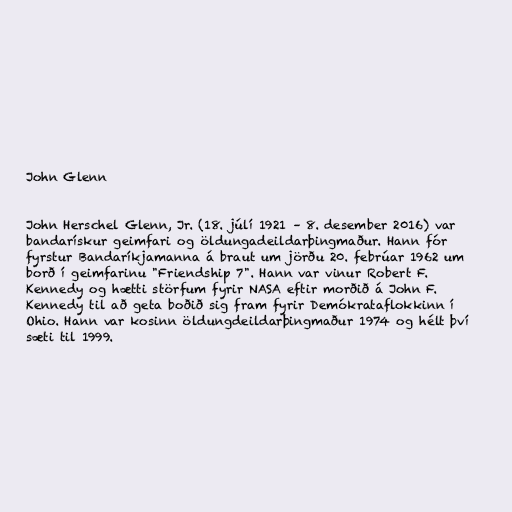
John Glenn

John Herschel Glenn, Jr. (18. júlí 1921 – 8. desember 2016) var
bandarískur geimfari og öldungadeildarþingmaður. Hann fór
fyrstur Bandaríkjamanna á braut um jörðu 20. febrúar 1962 um
borð í geimfarinu "Friendship 7". Hann var vinur Robert F.
Kennedy og hætti störfum fyrir NASA eftir morðið á John F.
Kennedy til að geta boðið sig fram fyrir Demókrataflokkinn í
Ohio. Hann var kosinn öldungdeildarþingmaður 1974 og hélt því
sæti til 1999.